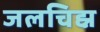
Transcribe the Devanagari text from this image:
जलचिह्न